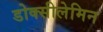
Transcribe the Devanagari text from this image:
डोक्सीलेमिन